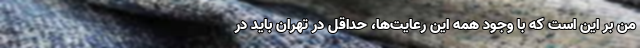
من بر این است که با وجود همه این رعایت‌ها، حداقل در تهران باید در